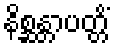
နိစ္ဆန္တာပတ္တိံ